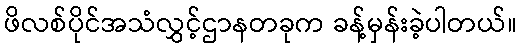
ဖိလစ်ပိုင်အသံလွှင့်ဌာနတခုက ခန့်မှန်းခဲ့ပါတယ်။